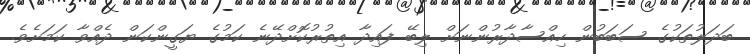
ބަދަލުތަކުގެ ސަބަބުން ހިއްސާދާރުންނަށް ލިބޭ ފައިދާ އިތުރުކޮށްދޭނެ ކަމުގެ ޔަގީންކަން ދެއްވާ ކަމަށެވެ.